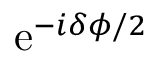
\mathrm { e } ^ { - i \delta \phi / 2 }